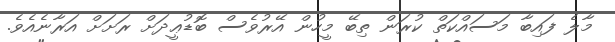
މާލެ ފައިބާ މަސައްކަތް ކުރަން ތިބޭ މީހުން އޭރުވެސް ބޮޑުޢީދަށް ރަށަށް އަރާނެއެވެ.